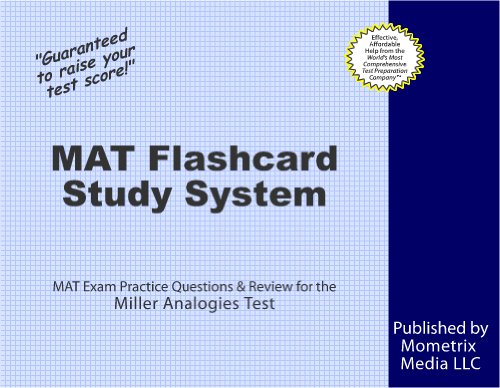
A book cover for MAT Flashcard Study System: MAT Exam Practice Questions & Review for the Miller Analogies Test; MAT Exam Secrets Test Prep Team; Test Preparation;